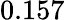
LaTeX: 0.157